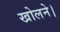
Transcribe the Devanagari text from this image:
खोलने।